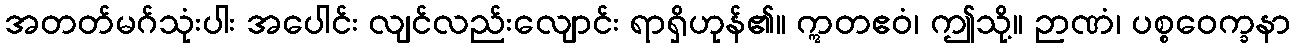
အတတ်မဂ်သုံးပါး အပေါင်း လျင်လည်းလျောင်း ရာရှိဟုန်၏။ ဣတဧဝံ၊ ဤသို့။ ဉာဏံ၊ ပစ္စဝေက္ခနာ